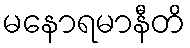
မနောရမာနီတိ